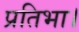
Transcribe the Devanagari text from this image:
प्रतिभा।